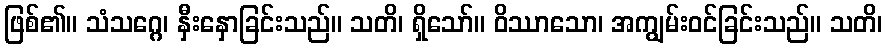
ဖြစ်၏။ သံသဂ္ဂေ၊ နှီးနှောခြင်းသည်။ သတိ၊ ရှိသော်။ ဝိဿာသော၊ အကျွမ်းဝင်ခြင်းသည်။ သတိ၊